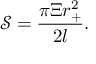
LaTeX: \mathcal { S } = \frac { \pi \Xi r _ { + } ^ { 2 } } { 2 l } .